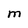
Character: M